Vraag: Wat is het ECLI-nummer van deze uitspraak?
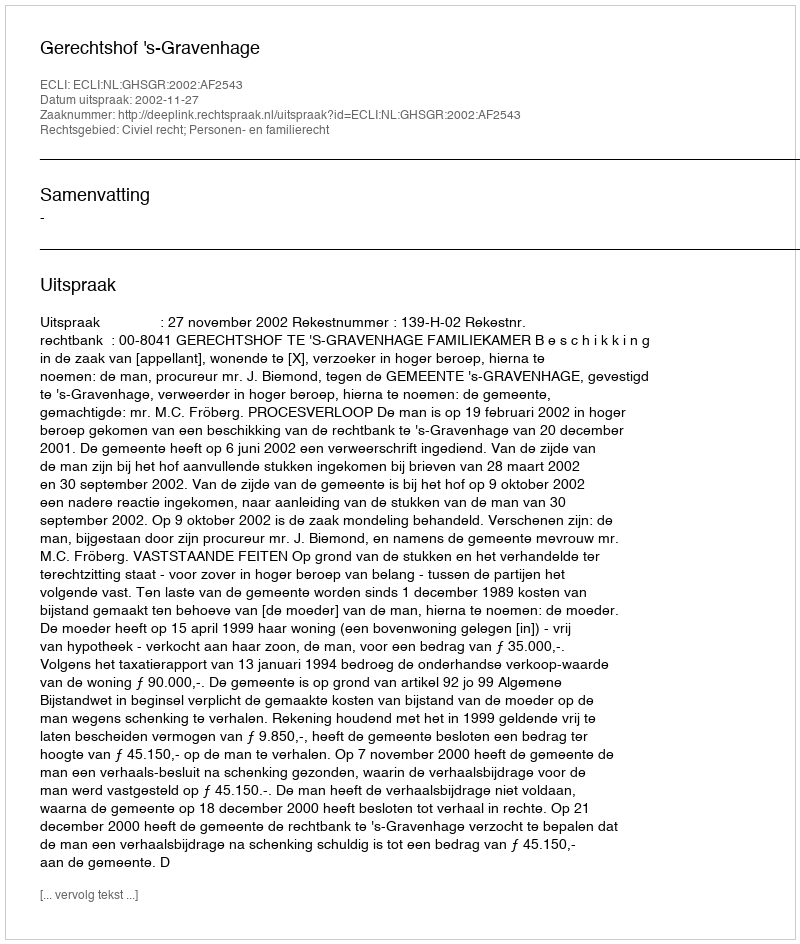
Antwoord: ECLI:NL:GHSGR:2002:AF2543